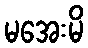
မအေးမိ